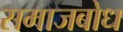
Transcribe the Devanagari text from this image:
समाजबोध